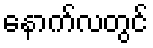
နောက်လတွင်